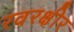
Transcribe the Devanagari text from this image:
रवरक्षीर